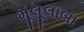
મૂલૂલાબા